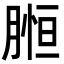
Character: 𦞌